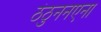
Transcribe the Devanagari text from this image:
ठंठुननएना